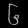
Digit: ၆